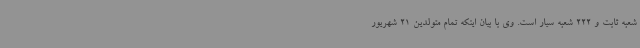
شعبه ثابت و 222 شعبه سیار است. وی با بیان اینکه تمام متولدین 21 شهریور